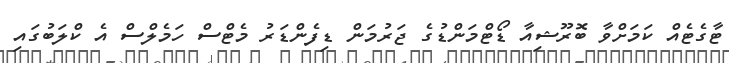
ޓާގެޓެއް ކަމަށްވާ ބޮރޫޝިއާ ޑޯޓްމަންޑުގެ ޖަރުމަން ޑިފެންޑަރު މެޓްސް ހަމެލްސް އެ ކްލަބުގައި